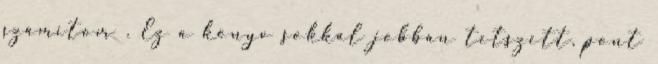
számítom . Ez a könyv sokkal jobban tetszett, pont